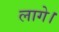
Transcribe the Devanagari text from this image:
लागे।